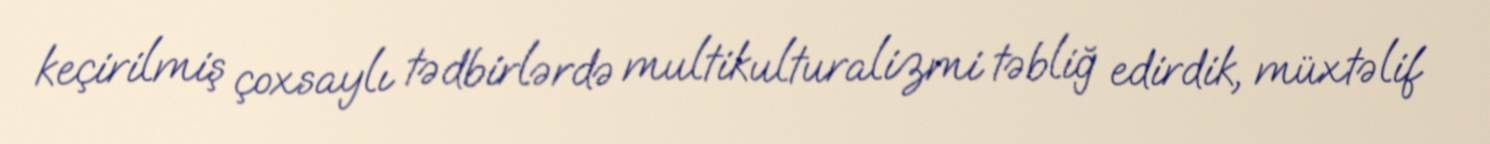
keçirilmiş çoxsaylı tədbirlərdə multikulturalizmi təbliğ edirdik, müxtəlif